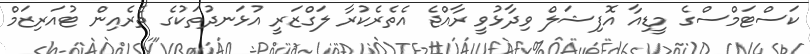
ކަސްޓަމްސްގެ މީޑިއާ އޮފިޝަލް ވިދާޅުވީ ރާއްޖެ އެތެރެކުރާ ލަގްޒަރީ އުޅަނދުތަކުގެ ތެރެއިން ޓުއަރިޒަމް